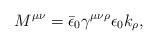
LaTeX: \begin{align*}M^{\mu\nu} = \bar \epsilon_0 \gamma^{\mu\nu\rho} \epsilon_0 k_\rho,\end{align*}